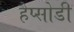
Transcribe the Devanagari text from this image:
हैप्सोडी